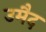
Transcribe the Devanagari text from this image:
उमैद